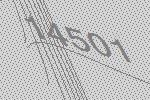
14501